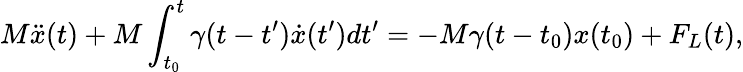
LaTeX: M\ddot{x}(t)+M\int_{t_{0}}^{t}\gamma(t-t^{\prime})\dot{x}(t^{\prime})dt^{\prime}=-M\gamma(t-t_{0})x(t_{0})+F_{L}(t),